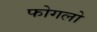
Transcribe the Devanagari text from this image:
फोगलो